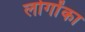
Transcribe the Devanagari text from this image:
लोगोंका